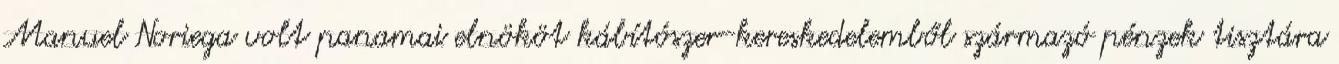
Manuel Noriega volt panamai elnököt kábítószer-kereskedelemből származó pénzek tisztára